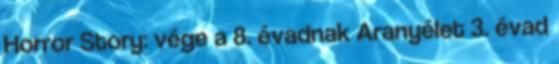
Horror Story: vége a 8. évadnak Aranyélet 3. évad